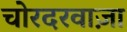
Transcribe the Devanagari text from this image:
चोरदरवाज़ा